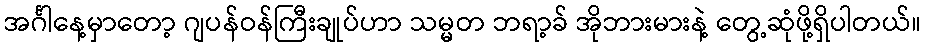
အင်္ဂါနေ့မှာတော့ ဂျပန်ဝန်ကြီးချုပ်ဟာ သမ္မတ ဘရာ့ခ် အိုဘားမားနဲ့ တွေ့ဆုံဖို့ရှိပါတယ်။